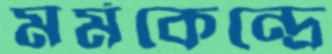
মর্মকেন্দ্রে